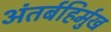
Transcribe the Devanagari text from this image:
अंतर्बहिर्मुख